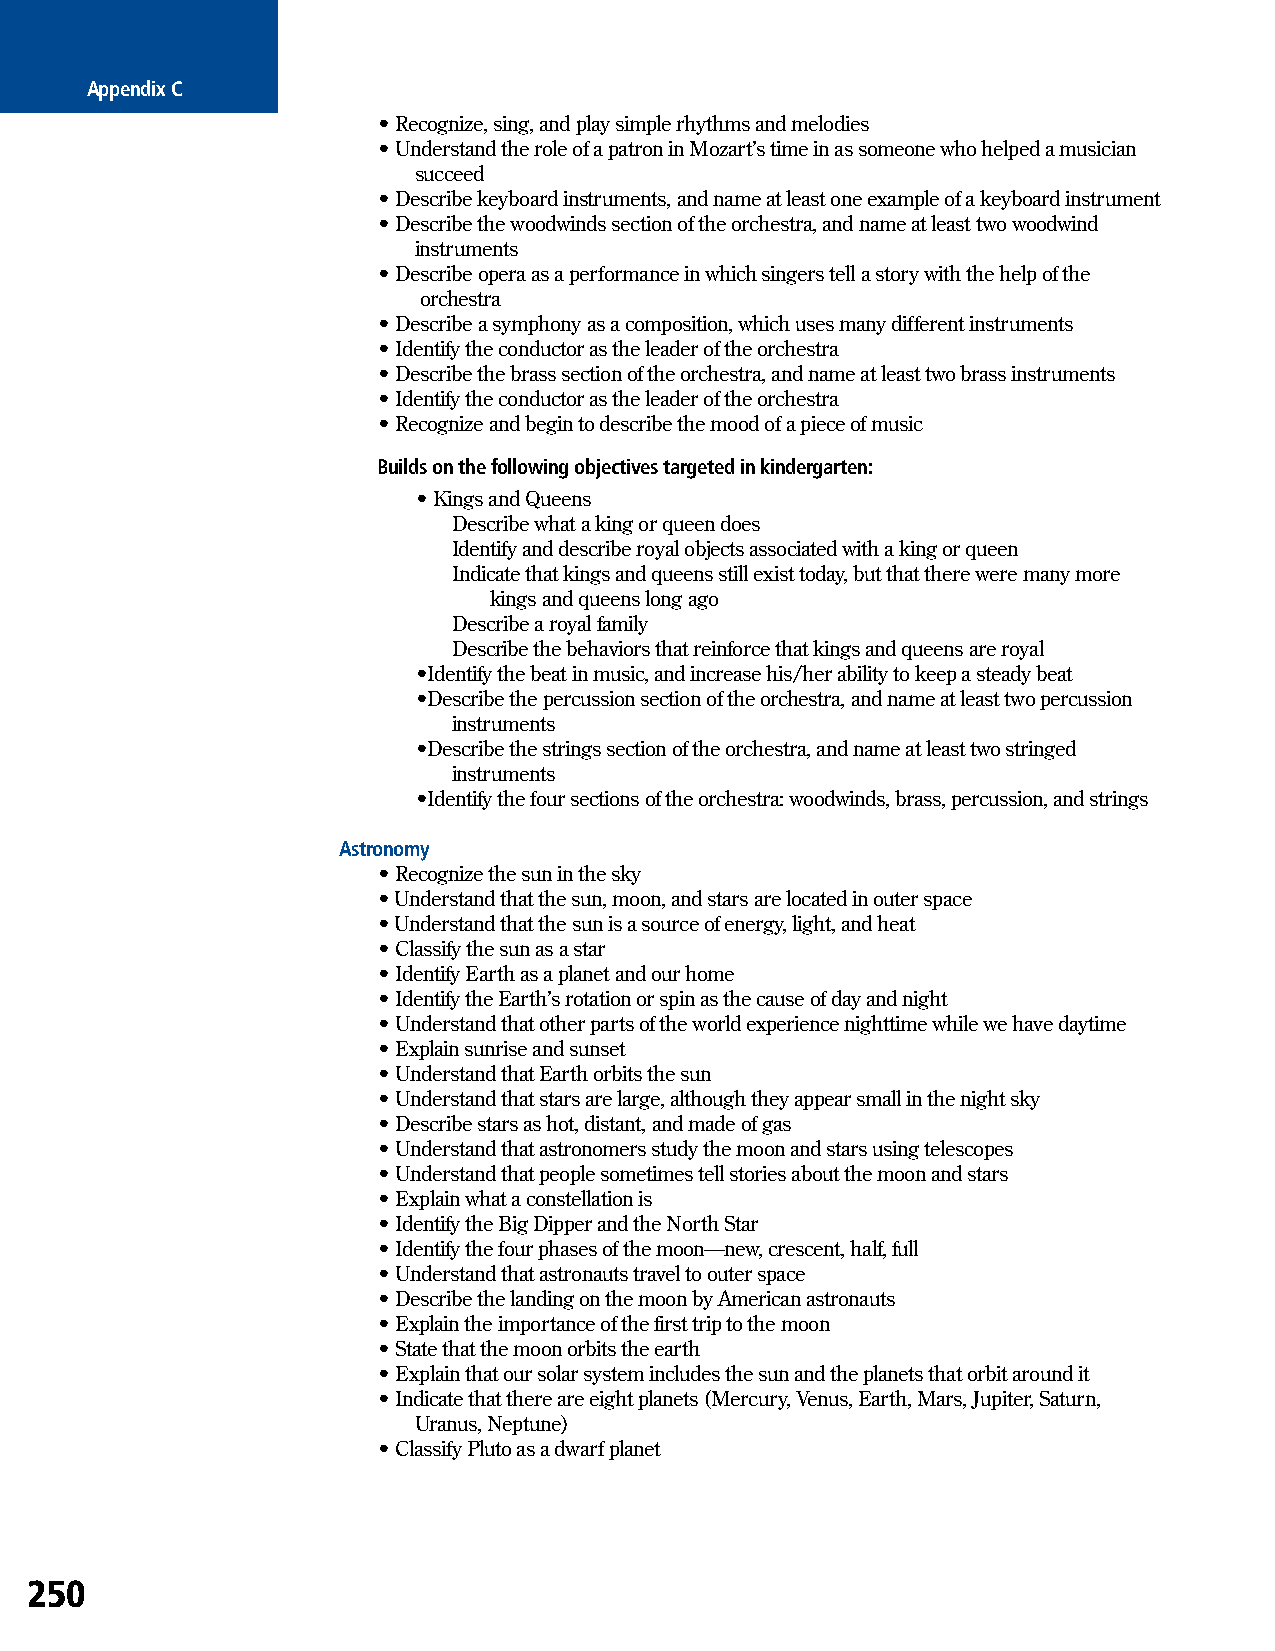
Appendix C
 • Recognize, sing, and play simple rhythms and melodies
 • Understand the role of a patron in Mozart’s time in as someone who helped a musician
 succeed
 • Describe keyboard instruments, and name at least one example of a keyboard instrument
 • Describe the woodwinds section of the orchestra, and name at least two woodwind
 instruments
 • Describe opera as a performance in which singers tell a story with the help of the
 orchestra
 • Describe a symphony as a composition, which uses many different instruments
 • Identify the conductor as the leader of the orchestra
 • Describe the brass section of the orchestra, and name at least two brass instruments
 • Identify the conductor as the leader of the orchestra
 • Recognize and begin to describe the mood of a piece of music
 Builds on the following objectives targeted in kindergarten:
 • Kings and Queens
 Describe what a king or queen does
 Identify and describe royal objects associated with a king or queen
 Indicate that kings and queens still exist today, but that there were many more
 kings and queens long ago
 Describe a royal family
 Describe the behaviors that reinforce that kings and queens are royal
 •Identify the beat in music, and increase his/her ability to keep a steady beat
 •Describe the percussion section of the orchestra, and name at least two percussion
 instruments
 •Describe the strings section of the orchestra, and name at least two stringed
 instruments
 •Identify the four sections of the orchestra: woodwinds, brass, percussion, and strings
 Astronomy
 • Recognize the sun in the sky
 • Understand that the sun, moon, and stars are located in outer space
 • Understand that the sun is a source of energy, light, and heat
 • Classify the sun as a star
 • Identify Earth as a planet and our home
 • Identify the Earth’s rotation or spin as the cause of day and night
 • Understand that other parts of the world experience nighttime while we have daytime
 • Explain sunrise and sunset
 • Understand that Earth orbits the sun
 • Understand that stars are large, although they appear small in the night sky
 • Describe stars as hot, distant, and made of gas
 • Understand that astronomers study the moon and stars using telescopes
 • Understand that people sometimes tell stories about the moon and stars
 • Explain what a constellation is
 • Identify the Big Dipper and the North Star
 • Identify the four phases of the moon—new, crescent, half, full
 • Understand that astronauts travel to outer space
 • Describe the landing on the moon by American astronauts
 • Explain the importance of the first trip to the moon
 • State that the moon orbits the earth
 • Explain that our solar system includes the sun and the planets that orbit around it
 • Indicate that there are eight planets (Mercury, Venus, Earth, Mars, Jupiter, Saturn,
 Uranus, Neptune)
 • Classify Pluto as a dwarf planet
 250